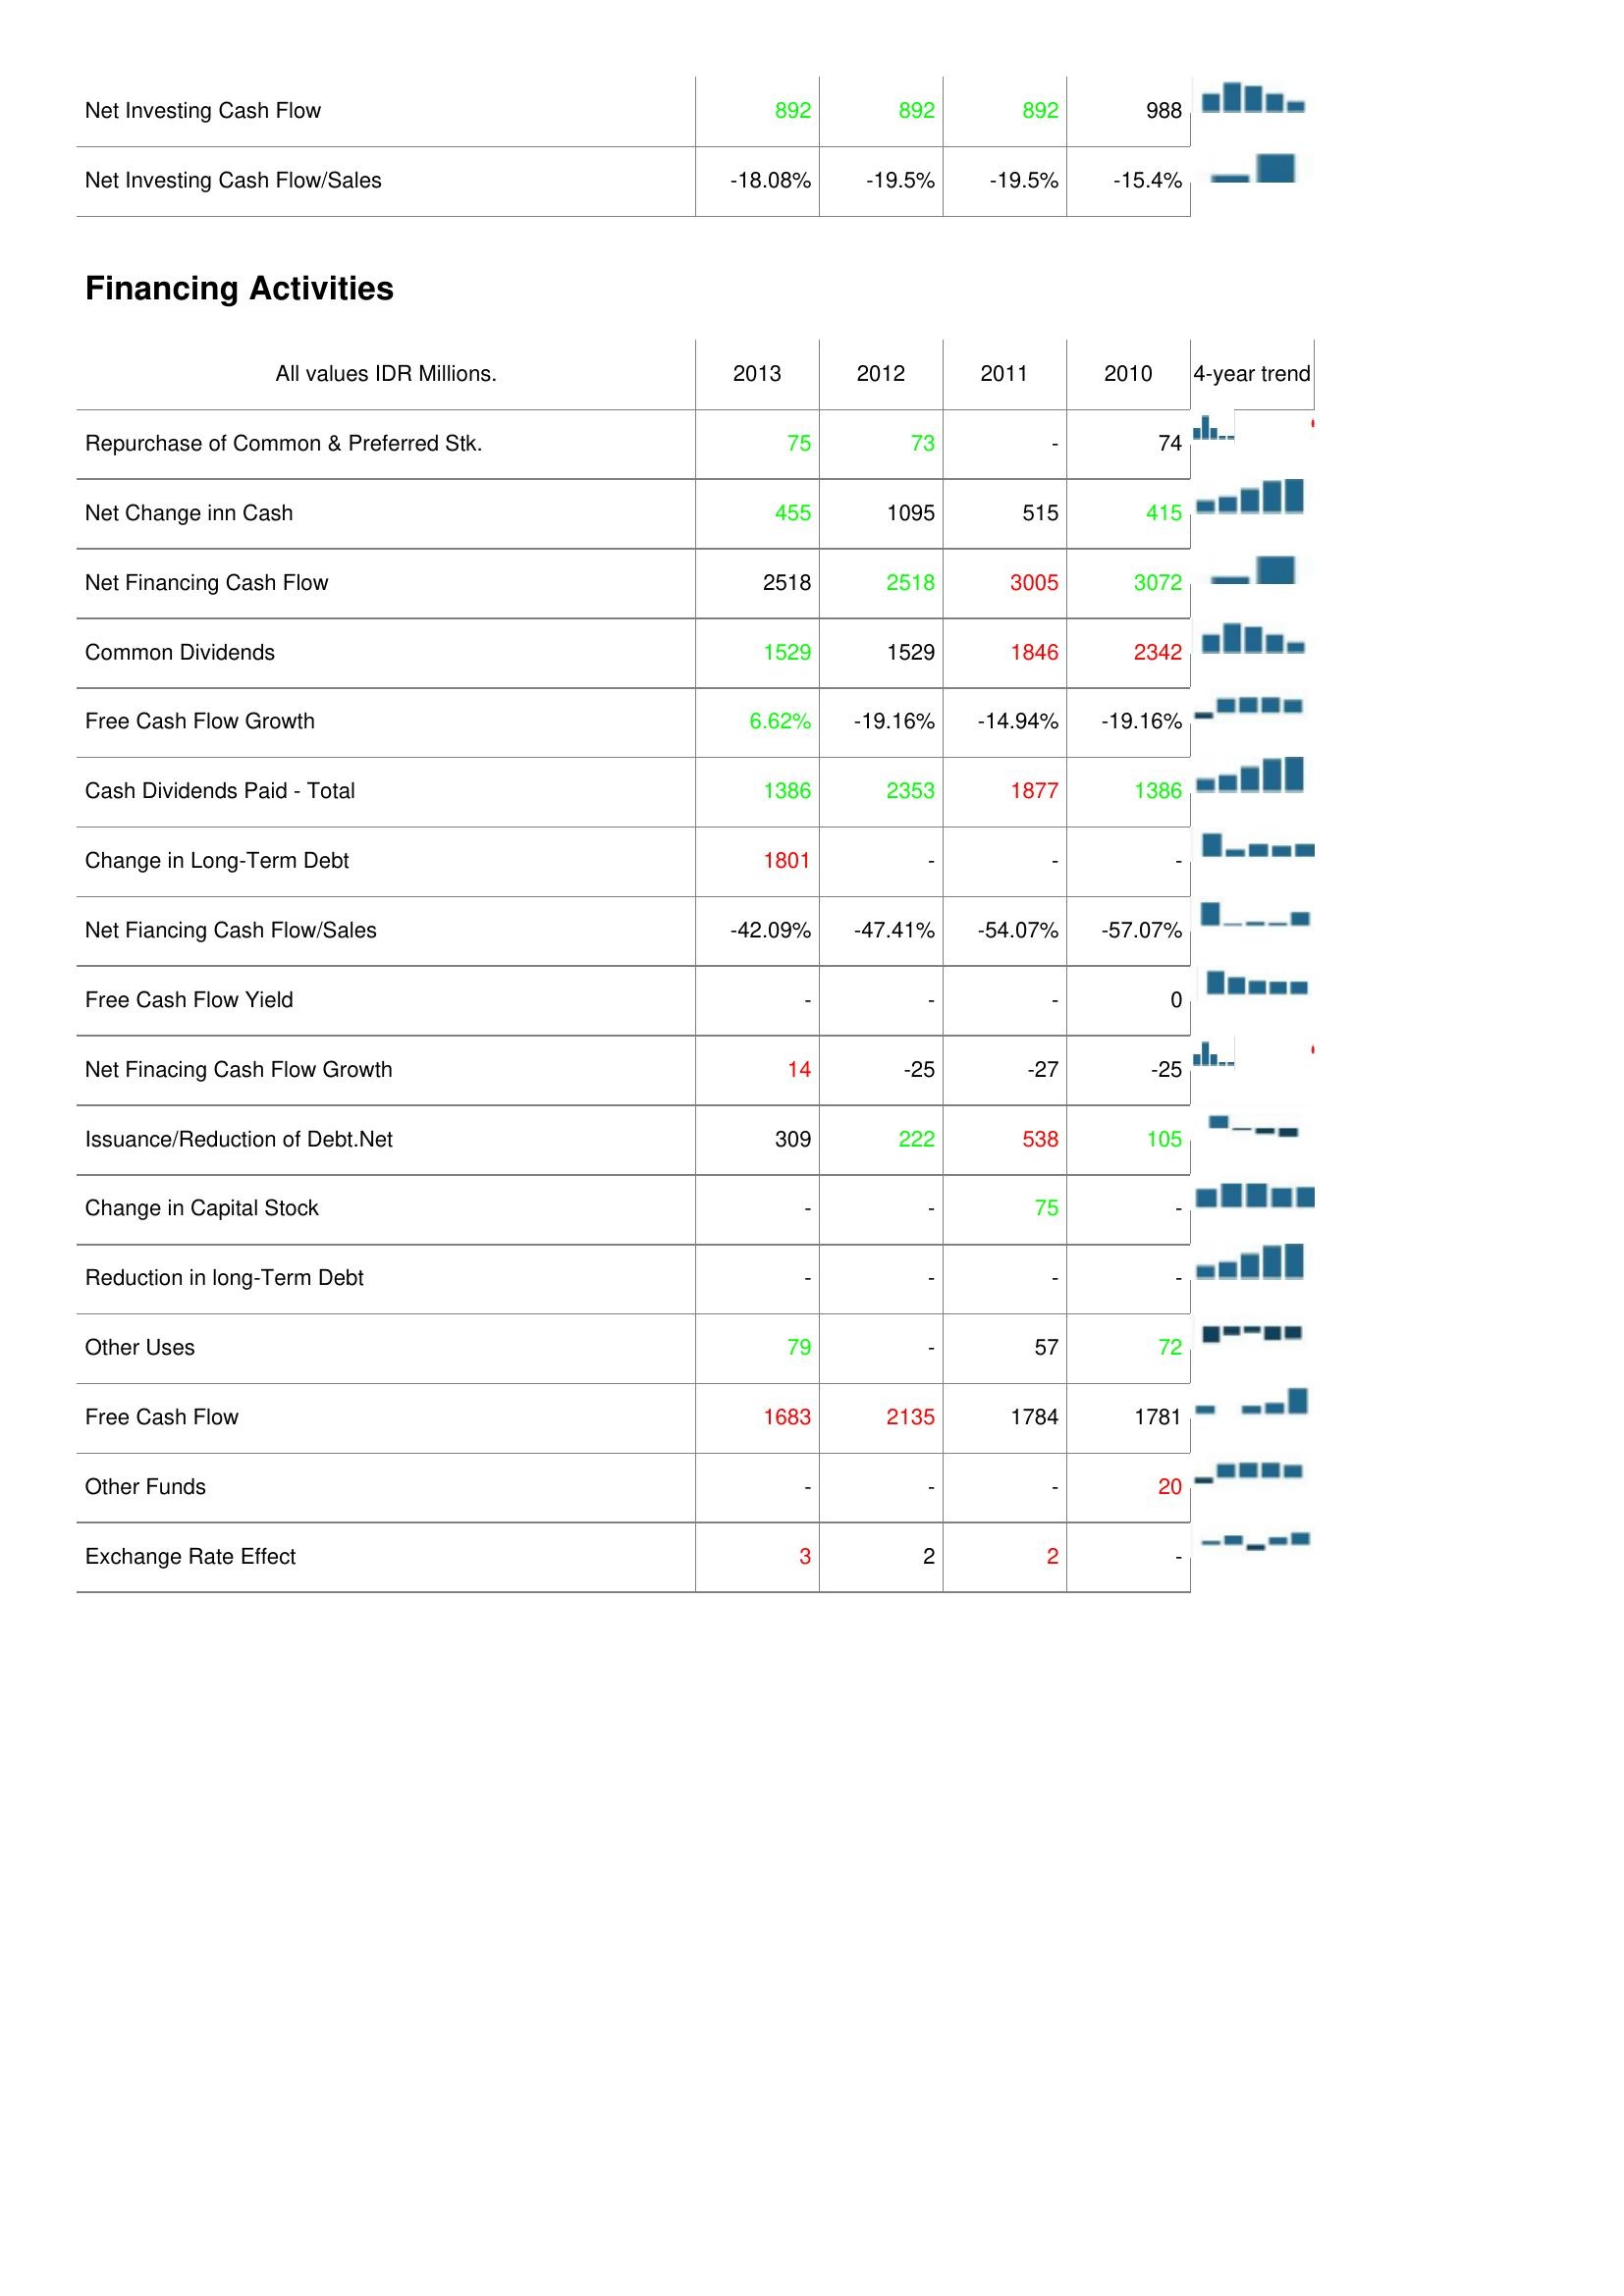
2013: Investing Activities: Net Investing Cash Flow: 892
Net Investing Cash Flow/Sales: -18.08%
Financing Activities: Repurchase of Common & Preferred Stk.: 75
Net Change inn Cash: 455
Net Financing Cash Flow: 2518
Common Dividends: 1529
Free Cash Flow Growth: 6.62%
Cash Dividends Paid - Total: 1386
Change in Long-Term Debt: 1801
Net Fiancing Cash Flow/Sales: -42.09%
Free Cash Flow Yield: -
Net Finacing Cash Flow Growth: 14
Issuance/Reduction of Debt.Net: 309
Change in Capital Stock: -
Reduction in long-Term Debt: -
Other Uses: 79
Free Cash Flow: 1683
Other Funds: -
Exchange Rate Effect: 3
2012: Investing Activities: Net Investing Cash Flow: 892
Net Investing Cash Flow/Sales: -19.5%
Financing Activities: Repurchase of Common & Preferred Stk.: 73
Net Change inn Cash: 1095
Net Financing Cash Flow: 2518
Common Dividends: 1529
Free Cash Flow Growth: -19.16%
Cash Dividends Paid - Total: 2353
Change in Long-Term Debt: -
Net Fiancing Cash Flow/Sales: -47.41%
Free Cash Flow Yield: -
Net Finacing Cash Flow Growth: -25
Issuance/Reduction of Debt.Net: 222
Change in Capital Stock: -
Reduction in long-Term Debt: -
Other Uses: -
Free Cash Flow: 2135
Other Funds: -
Exchange Rate Effect: 2
2011: Investing Activities: Net Investing Cash Flow: 892
Net Investing Cash Flow/Sales: -19.5%
Financing Activities: Repurchase of Common & Preferred Stk.: -
Net Change inn Cash: 515
Net Financing Cash Flow: 3005
Common Dividends: 1846
Free Cash Flow Growth: -14.94%
Cash Dividends Paid - Total: 1877
Change in Long-Term Debt: -
Net Fiancing Cash Flow/Sales: -54.07%
Free Cash Flow Yield: -
Net Finacing Cash Flow Growth: -27
Issuance/Reduction of Debt.Net: 538
Change in Capital Stock: 75
Reduction in long-Term Debt: -
Other Uses: 57
Free Cash Flow: 1784
Other Funds: -
Exchange Rate Effect: 2
2010: Investing Activities: Net Investing Cash Flow: 988
Net Investing Cash Flow/Sales: -15.4%
Financing Activities: Repurchase of Common & Preferred Stk.: 74
Net Change inn Cash: 415
Net Financing Cash Flow: 3072
Common Dividends: 2342
Free Cash Flow Growth: -19.16%
Cash Dividends Paid - Total: 1386
Change in Long-Term Debt: -
Net Fiancing Cash Flow/Sales: -57.07%
Free Cash Flow Yield: 0
Net Finacing Cash Flow Growth: -25
Issuance/Reduction of Debt.Net: 105
Change in Capital Stock: -
Reduction in long-Term Debt: -
Other Uses: 72
Free Cash Flow: 1781
Other Funds: 20
Exchange Rate Effect: -